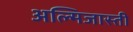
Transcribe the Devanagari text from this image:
अल्मिजास्ती